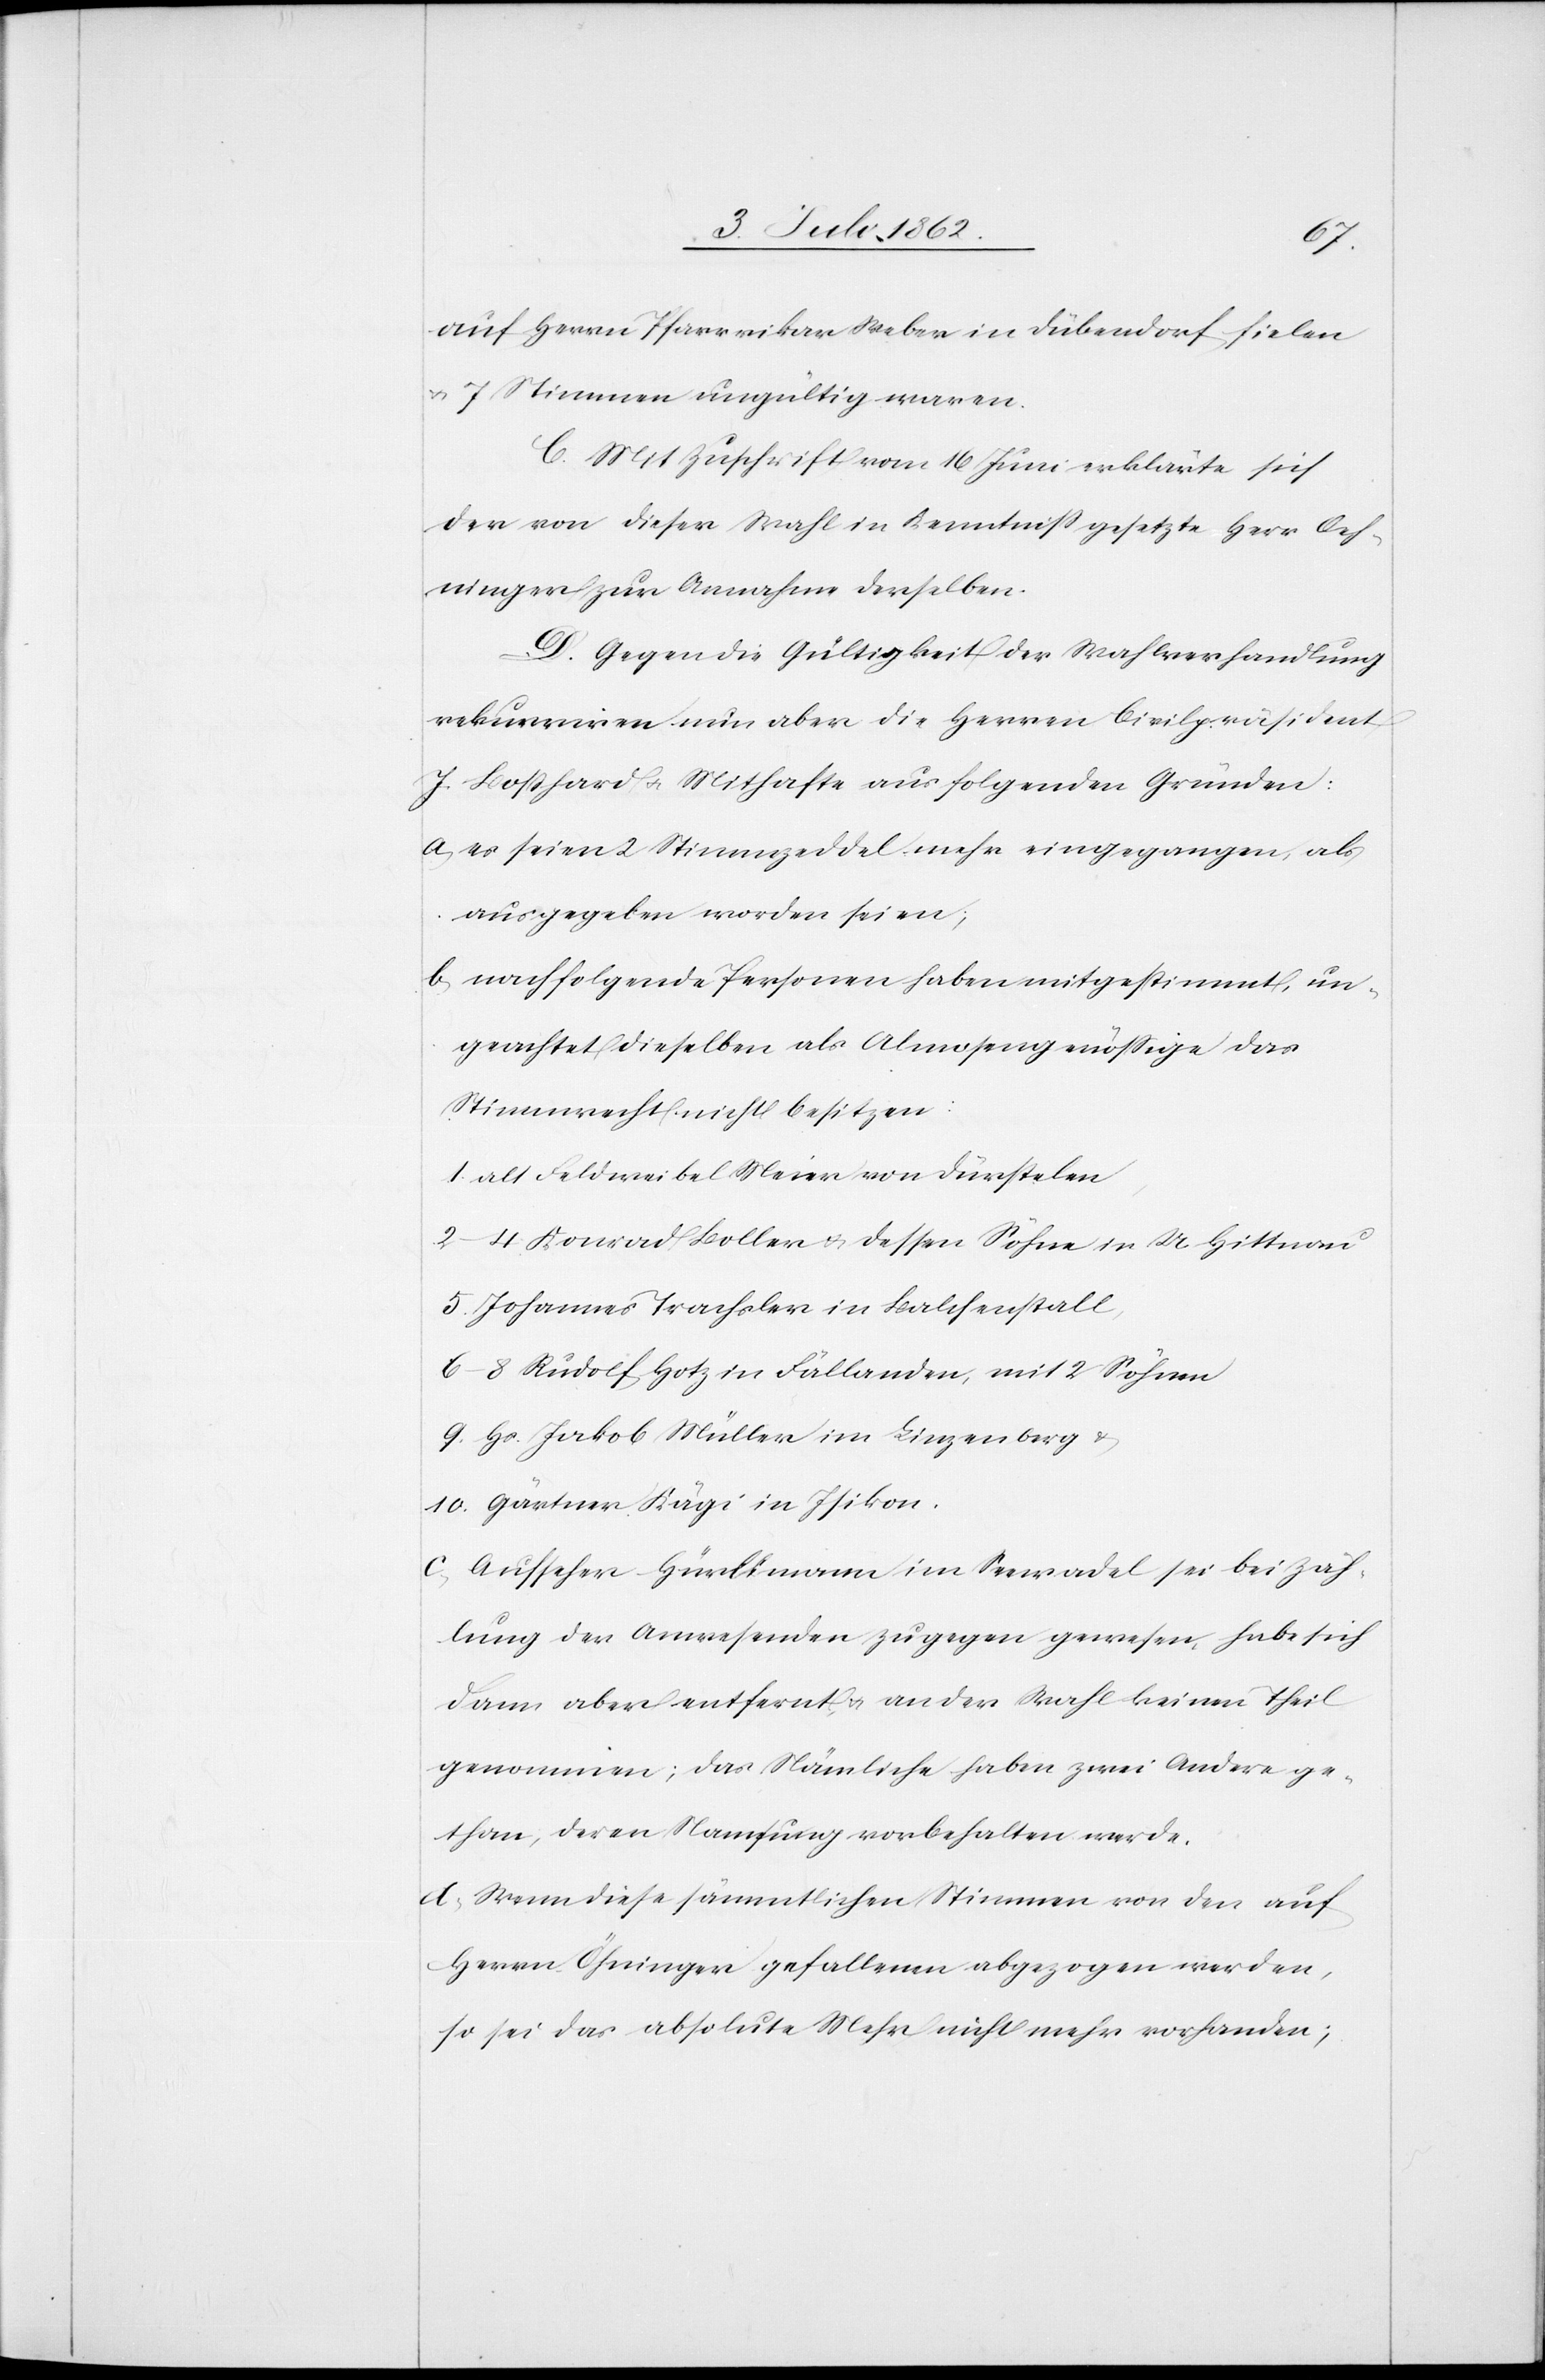
auf Herrn Pfarrvikar Weber in Dübendorf fielen
u. 7 Stimmen ungültig waren.
C. Mit Zuschrift vom 16 Juni erklärte sich
der von dieser Wahl in Kenntniß gesetzte Herr Oeh¬
ninger zur Annahme derselben.
D. Gegen die Gültigkeit der Wahlverhandlung
rekurriren nun aber die Herrn Civilpräsident
J. Boßhard u. Mithafte aus folgenden Gründen:
a. es seien 2 Stimmzeddel mehr eingegangen, als
ausgegeben worden seien;
b. nachfolgende Personen haben mitgestimmt, un¬
geachtet, dieselben als Almosengenössige das
Stimmrecht nicht besitzen:
1. alt Feldweibel Meier von Dürstelen
2–4 Konrad Boller u. dessen Söhne in U-Hittnau
5. Johannes Trachsler in Balchenstall,
6–8 Rudolf Hotz in Fällanden, mit 2 Söhnen
9. Hs. Jakob Müller im Linzenberg u.
10. Gärtner Kägi in Isikon.
c. Aufseher-Hürlimann im Senradel sei bei Zäh¬
lung der Anwesenden zugegen gewesen, habe sich
dann aber entfernt, u. an der Wahl keinen Theil
genommen; das Nämliche haben zwei Andere ge¬
than, deren Namsung vorbehalten werde.
d. Wenn diese sämmtlichen Stimmen von den auf
Herrn Öhninger [sic!] gefallenen abgezogen werden,
so sei das absolute Mehr nicht mehr vorhanden;